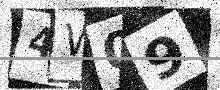
Text: 4W09